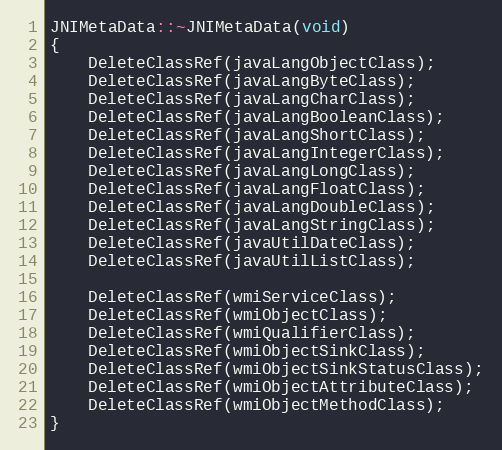
Language: C++
JNIMetaData::~JNIMetaData(void)
{
	DeleteClassRef(javaLangObjectClass);
	DeleteClassRef(javaLangByteClass);
	DeleteClassRef(javaLangCharClass);
	DeleteClassRef(javaLangBooleanClass);
	DeleteClassRef(javaLangShortClass);
	DeleteClassRef(javaLangIntegerClass);
	DeleteClassRef(javaLangLongClass);
	DeleteClassRef(javaLangFloatClass);
	DeleteClassRef(javaLangDoubleClass);
	DeleteClassRef(javaLangStringClass);
	DeleteClassRef(javaUtilDateClass);
	DeleteClassRef(javaUtilListClass);

	DeleteClassRef(wmiServiceClass);
	DeleteClassRef(wmiObjectClass);
	DeleteClassRef(wmiQualifierClass);
	DeleteClassRef(wmiObjectSinkClass);
	DeleteClassRef(wmiObjectSinkStatusClass);
	DeleteClassRef(wmiObjectAttributeClass);
	DeleteClassRef(wmiObjectMethodClass);
}